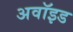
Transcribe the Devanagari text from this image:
अवॉइड